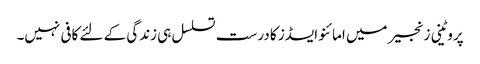
پروٹینی زنجیر میں امائنو ایسڈز کا درست تسلسل ہی زندگی کے لئے کافی نہیں۔